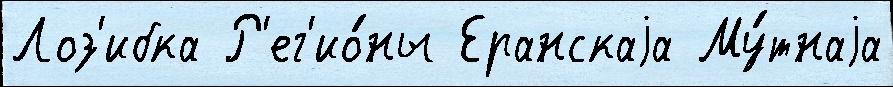
Лоз'ибка Р'ег'ио́ны Еранскаjа Му́тнаjа